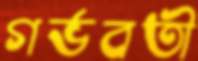
গর্ভবতী